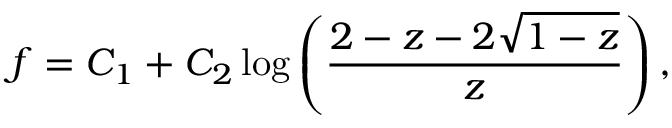
f = C _ { 1 } + C _ { 2 } \log \left( \frac { 2 - z - 2 \sqrt { 1 - z } } { z } \right) ,